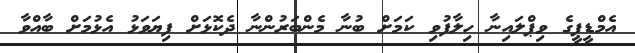
އެމްޑީޕީގެ ވިޕްލައިނާ ހިލާފުވި ކަމަށް ބުނާ މެންބަރުންނާ ދެކޮޅަށް ފިޔަވަޅު އެޅުމަށް ބާއްވާ